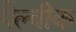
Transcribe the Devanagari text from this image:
पेल्वीक